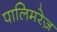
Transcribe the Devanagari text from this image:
पालिमरेज़